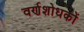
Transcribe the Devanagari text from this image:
वर्णशोधकों